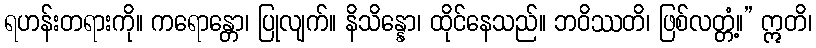
ရဟန်းတရားကို။ ကရောန္တော၊ ပြုလျက်။ နိသိန္နော၊ ထိုင်နေသည်။ ဘဝိဿတိ၊ ဖြစ်လတ္တံ့။” ဣတိ၊